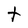
Character: t